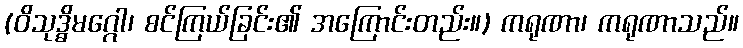
(ဝိသုဒ္ဓိမဂ္ဂေါ၊ စင်ကြယ်ခြင်း၏ အကြောင်းတည်း။) ကရုဏာ၊ ကရုဏာသည်။